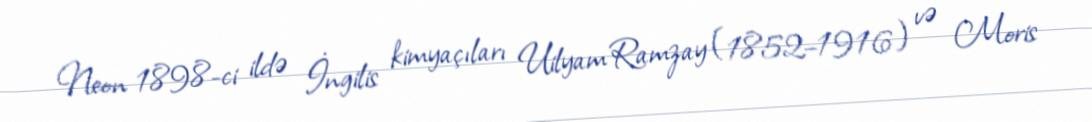
Neon 1898-ci ildə İngilis kimyaçıları Uilyam Ramzay (1852–1916) və Moris